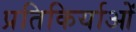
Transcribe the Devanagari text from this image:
प्रतिकिर्याओं